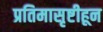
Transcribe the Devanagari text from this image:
प्रतिमासृष्टीहून